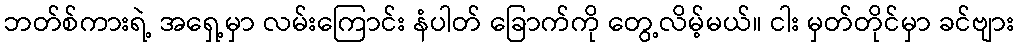
ဘတ်စ်ကားရဲ့ အရှေ့မှာ လမ်းကြောင်း နံပါတ် ခြောက်ကို တွေ့လိမ့်မယ်။ ငါး မှတ်တိုင်မှာ ခင်ဗျား